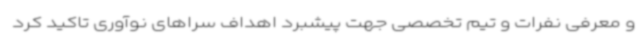
و معرفی نفرات و تیم تخصصی جهت پیشبرد اهداف سراهای نوآوری تاکید کرد